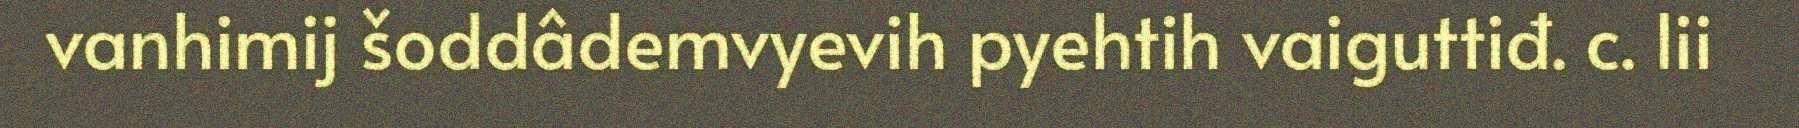
vanhimij šoddâdemvyevih pyehtih vaiguttiđ. c. lii